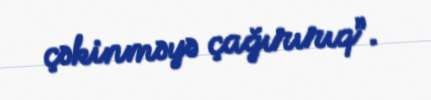
çəkinməyə çağırırıq”.